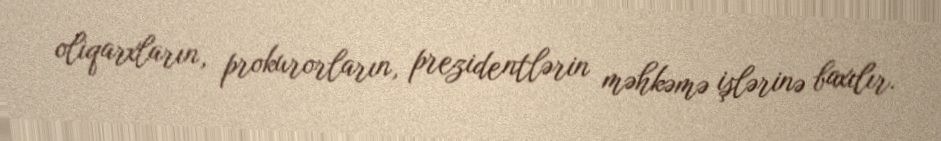
oliqarxların, prokurorların, prezidentlərin məhkəmə işlərinə baxılır.